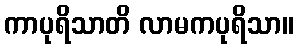
ကာပုရိသာတိ လာမကပုရိသာ။